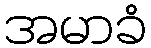
အမာခံ